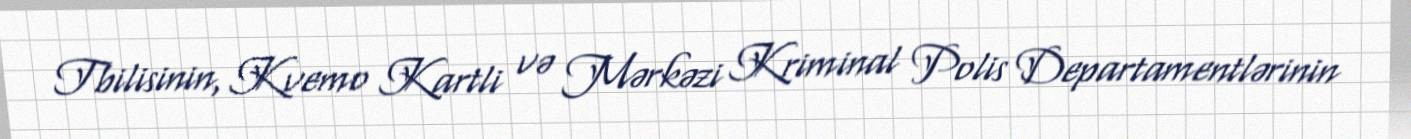
Tbilisinin, Kvemo Kartli və Mərkəzi Kriminal Polis Departamentlərinin